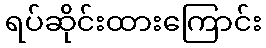
ရပ်ဆိုင်းထားကြောင်း